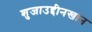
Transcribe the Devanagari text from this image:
शुजाउद्दीनखान